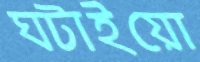
ঘটাইয়ো